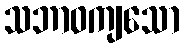
သဘာဝကျသော